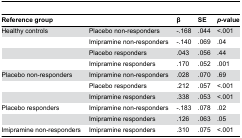
<table><thead><tr><td><b>Reference group</b></td><td></td><td><b>β</b></td><td><b>SE</b></td><td><b><i>p</i>-value</b></td></tr></thead><tbody><tr><td>Healthy controls</td><td>Placebo non-responders</td><td>-.168</td><td>.044</td><td>&lt;.001</td></tr><tr><td></td><td>Imipramine non-responders</td><td>-.140</td><td>.069</td><td>.04</td></tr><tr><td></td><td>Placebo responders</td><td>.043</td><td>.056</td><td>.44</td></tr><tr><td></td><td>Imipramine responders</td><td>.170</td><td>.052</td><td>.001</td></tr><tr><td>Placebo non-responders</td><td>Imipramine non-responders</td><td>.028</td><td>.070</td><td>.69</td></tr><tr><td></td><td>Placebo responders</td><td>.212</td><td>.057</td><td>&lt;.001</td></tr><tr><td></td><td>Imipramine responders</td><td>.338</td><td>.053</td><td>&lt;.001</td></tr><tr><td>Placebo responders</td><td>Imipramine non-responders</td><td>-.183</td><td>.078</td><td>.02</td></tr><tr><td></td><td>Imipramine responders</td><td>.126</td><td>.063</td><td>.05</td></tr><tr><td>Imipramine non-responders</td><td>Imipramine responders</td><td>.310</td><td>.075</td><td>&lt;.001</td></tr></tbody></table>